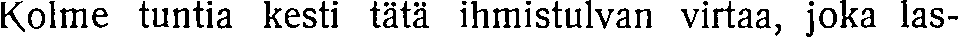
Kolme tuntia kesti tätä ihmistulvan virtaa, joka las-